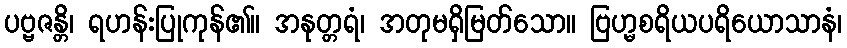
ပဗ္ဗဇန္တိ၊ ရဟန်းပြုကုန်၏။ အနုတ္တရံ၊ အတုမရှိမြတ်သော။ ဗြဟ္မစရိယပရိယောသာနံ၊